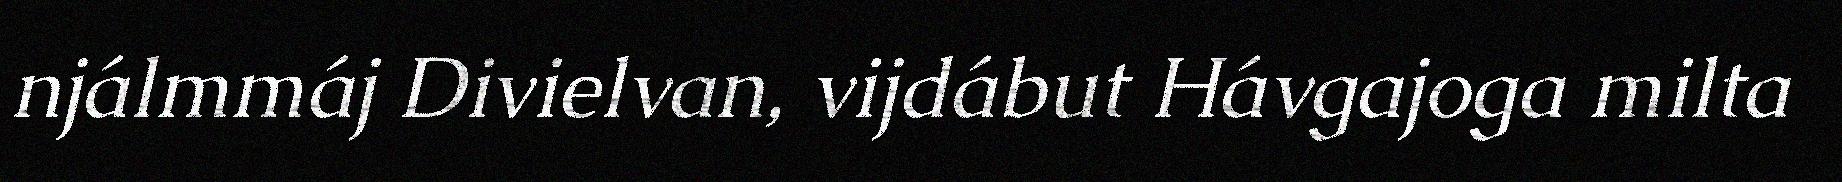
njálmmáj Divielvan, vijdábut Hávgajoga milta